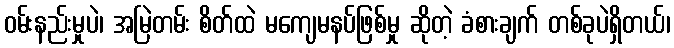
ဝမ်းနည်းမှုပဲ၊ အမြဲတမ်း စိတ်ထဲ မကျေမနပ်ဖြစ်မှု ဆိုတဲ့ ခံစားချက် တစ်ခုပဲရှိတယ်၊